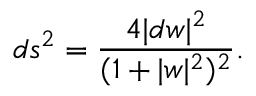
d s ^ { 2 } = \frac { 4 | d w | ^ { 2 } } { ( 1 + | w | ^ { 2 } ) ^ { 2 } } .